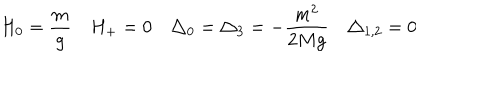
H _ { 0 } = \frac { m } { g } H _ { + } = 0 \triangle _ { 0 } = \triangle _ { 3 } = - \frac { m ^ { 2 } } { 2 M g } \triangle _ { 1 , 2 } = 0